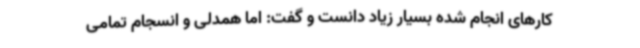
کارهای انجام شده بسیار زیاد دانست و گفت: اما همدلی و انسجام تمامی